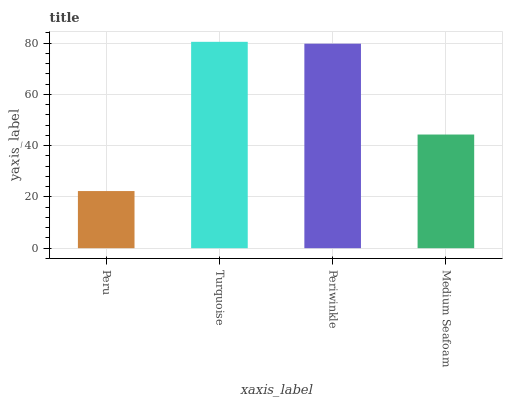
| xaxis_label | bars |
 | --- | --- |
 | Peru | 22.3 |
 | Turquoise | 80.5 |
 | Periwinkle | 79.8 |
 | Medium Seafoam | 44.3 |